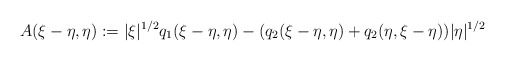
\begin{align*}A(\xi-\eta,\eta) := |\xi|^{1/2} q_{1}(\xi-\eta,\eta) - (q_{2}(\xi-\eta,\eta) + q_{2}(\eta,\xi-\eta))|\eta|^{1/2}\end{align*}